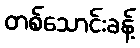
တစ်သောင်းခန့်